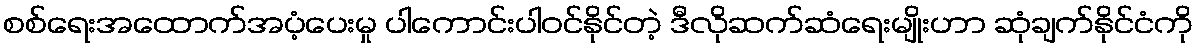
စစ်ရေးအထောက်အပံ့ပေးမှု ပါကောင်းပါဝင်နိုင်တဲ့ ဒီလိုဆက်ဆံရေးမျိုးဟာ ဆုံချက်နိုင်ငံကို